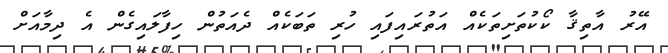
އޭރު އާތިޤާ ކޯކުތަށިތަކެއް އަތުރައިފައި ހުރި ތަބަކެއް ދެއަތުން ހިފާލައިގެން އެ ދިމާއަށް